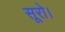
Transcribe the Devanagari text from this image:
सूरो।